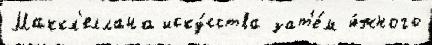
Маккл'еллана иску́сства зат'е́м ю́жного